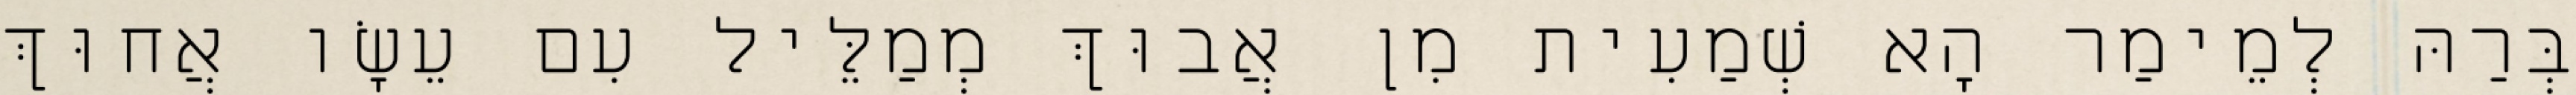
בְּרַהּ לְמֵימַר הָא שְׁמַעִית מִן אֲבוּךְ מְמַלֵּיל עִם עֵשָׂו אֲחוּךְ